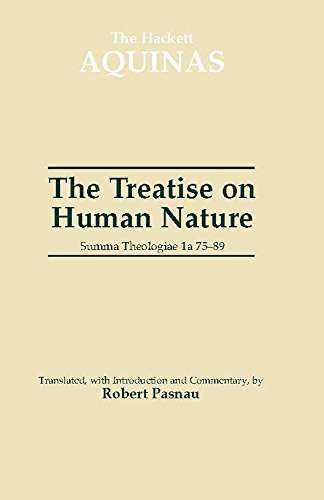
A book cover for Treatise on Human Nature: Summa Theologiae 1A 75-89 (The Hackett Aquinas Project); Saint Thomas Aquinas; Politics & Social Sciences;